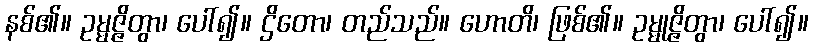
နစ်၏။ ဥမ္မဇ္ဇိတွာ၊ ပေါ်၍။ ဌိတော၊ တည်သည်။ ဟောတိ၊ ဖြစ်၏။ ဥမ္မုဇ္ဇိတွာ၊ ပေါ်၍။